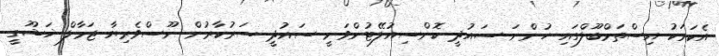
އެކަމަކު އިސްތަމްބޫލްގައި ހުންނަ ސައުދީ ކޮންސިއުލޭޓުންވަނީ ސައުދީ ސަރުކާރުން ނޫސްވެރިޔާ ޖަމާލް ޚަޝޫގީ